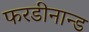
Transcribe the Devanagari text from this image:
फरडीनान्ड